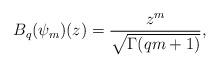
LaTeX: \begin{align*}B_q(\psi_m)(z)=\displaystyle \frac{z^m}{\sqrt{\Gamma(q m+1)}},\end{align*}